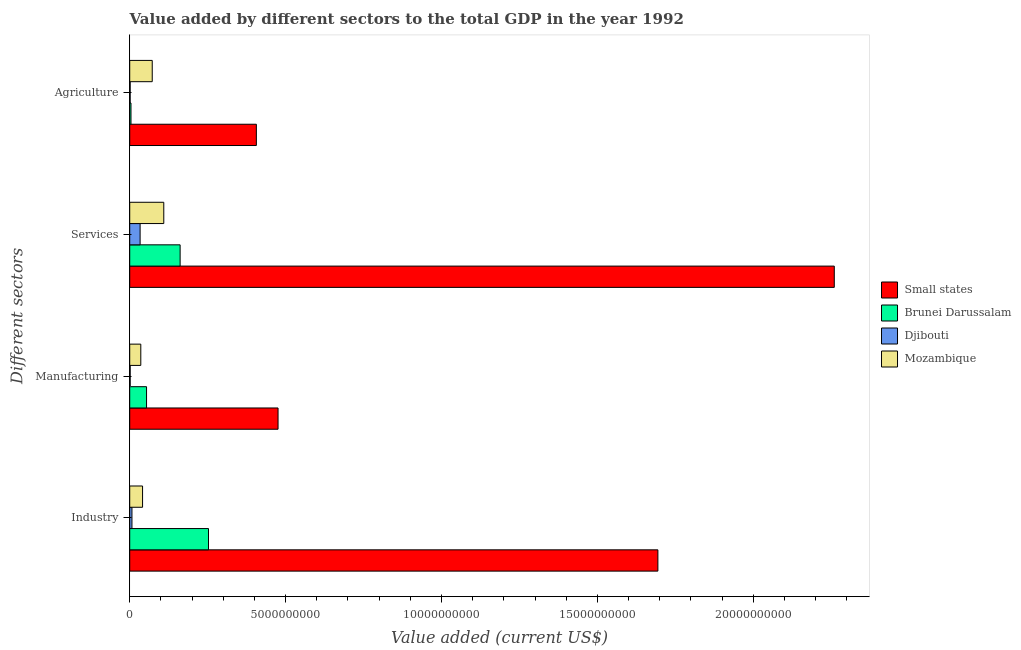
| Different sectors | Small states | Brunei Darussalam | Djibouti | Mozambique |
 | --- | --- | --- | --- | --- |
 | Industry | 1.69e+10 | 2.53e+09 | 7.17e+07 | 4.12e+08 |
 | Manufacturing | 4.76e+09 | 5.39e+08 | 1.42e+07 | 3.55e+08 |
 | Services | 2.26e+10 | 1.62e+09 | 3.33e+08 | 1.09e+09 |
 | Agriculture | 4.06e+09 | 4.04e+07 | 1.38e+07 | 7.22e+08 |